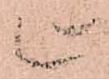
上